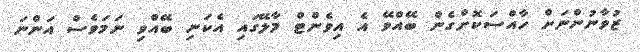
ޒުވާނުންނަށް ހާއްސަކޮށްގެން ބޭއްވޭ އެ އިވެންޓް މާލޭގައި އެކަނި ބޭއްވި ނަމަވެސް އަންނަ